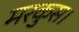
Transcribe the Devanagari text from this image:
मरकुस।